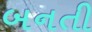
બનતી